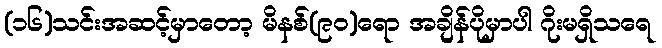
(၁၆)သင်းအဆင့်မှာတော့ မိနစ်(၉၀)ရော အချိန်ပိုမှာပါ ဂိုးမရှိသရေ